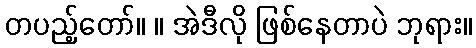
တပည့်တော်။ ။ အဲဒီလို ဖြစ်နေတာပဲ ဘုရား။